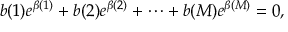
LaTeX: b ( 1 ) e ^ { \beta ( 1 ) } + b ( 2 ) e ^ { \beta ( 2 ) } + \cdots + b ( M ) e ^ { \beta ( M ) } = 0 ,